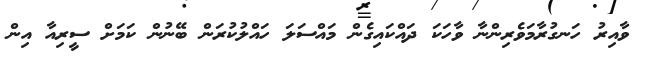
ވާއިރު ހަނގުރާމަވެރިންނާ ވާހަކަ ދައްކައިގެން މައްސަލަ ހައްލުކުރަން ބޭނުން ކަމަށް ސީރިއާ އިން